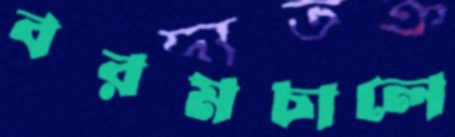
বরমচালে